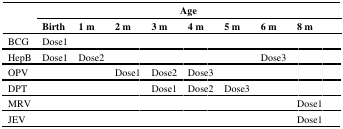
| <ROWSPAN=2>  | <COLSPAN=9> Age |
 | Birth | 1 m | 2 m | 3 m | 4 m | 5 m | 6 m | 8 m |  |
 | --- | --- | --- | --- | --- | --- | --- | --- | --- | --- |
 | BCG | Dose1 |  |  |  |  |  |  |  |  |
 | HepB | Dose1 | Dose2 |  |  |  |  | Dose3 |  |  |
 | OPV |  |  | Dose1 | Dose2 | Dose3 |  |  |  |  |
 | DPT |  |  |  | Dose1 | Dose2 | Dose3 |  |  |  |
 | MRV |  |  |  |  |  |  |  | Dose1 |  |
 | JEV |  |  |  |  |  |  |  | Dose1 |  |